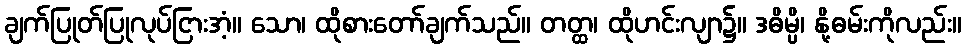
ချက်ပြုတ်ပြုလုပ်ငြားအံ့။ သော၊ ထိုစားတော်ချက်သည်။ တတ္ထ၊ ထိုဟင်းလျာ၌။ ဒဓိမ္ပိ၊ နို့ဓမ်းကိုလည်း။